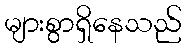
များစွာရှိနေသည်